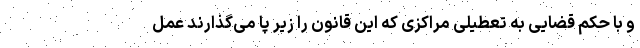
و با حکم قضایی به تعطیلی مراکزی که این قانون را زیر پا می‌گذارند عمل